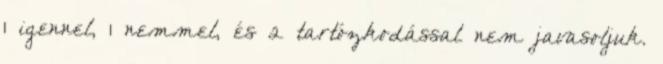
1 igennel, 1 nemmel, és 2 tartózkodással nem javasoljuk.